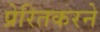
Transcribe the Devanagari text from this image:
प्रेरितकरने